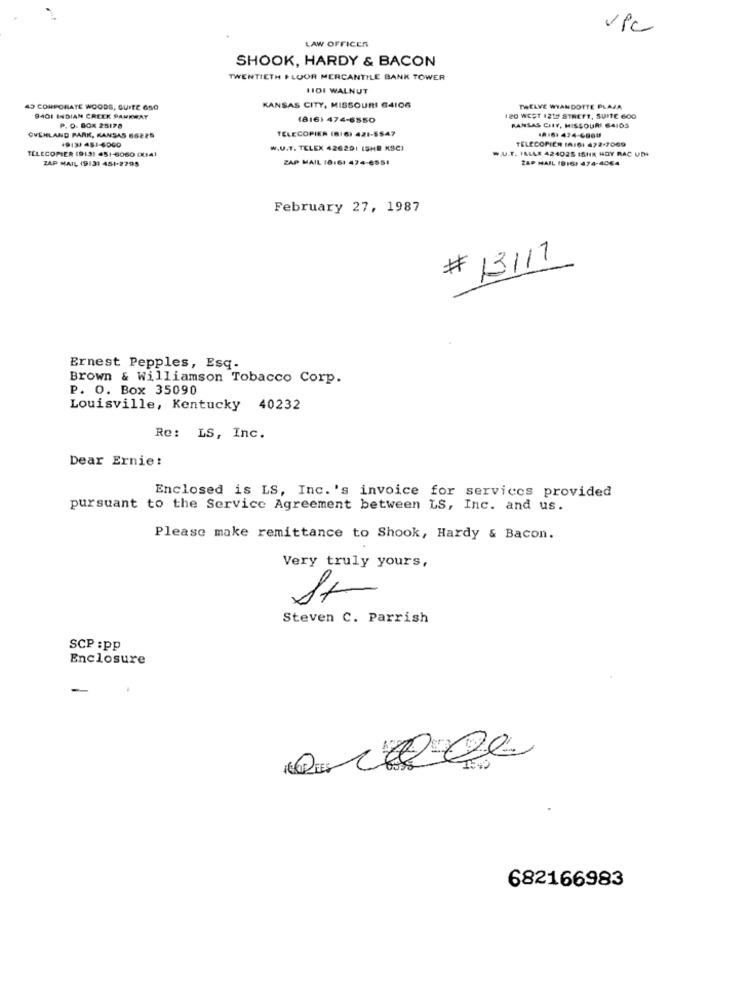
vPc
LAW OFFICES
SHOOK, HARDY & BACON
TWENTIETH FLOOR MERCANTILE BANK TOWER
1101 WALNUT
49 CORPORATE WOODS, SUITE 650
KANSAS CITY, MISSOURI 64106
TWELVE WYANDOTTE PLAZA
8401 INDIAN CREEK PARKWAY
(816) 474-6850
120 WEST 12TH STREET, SUITE 600
P. D. 80X 25178
TELECOPIER (8:6) 421-5547
KANSAS CITY, MISSOURI 64105
OVERLAND PARK, KANSAS 66225
19:31 451-6000
TELECOPIER INI6: 472-7069
TELECOPIER (913: 451-6060 (X141
W.U.T. TELEX 426291 (SHE KSC)
W.U.T. IMLAX 424025 ISHR HOY RAC UD
ZAP MAIL (913: 451-2795
ZAP MAIL (8161 474-6551
ZAP MAIL (916) 474-4064
February 27, 1987
# 13111
Ernest Pepples, Esq.
Brown & Williamson Tobacco Corp.
P. O. Box 35090
Louisville, Kentucky 40232
Re: LS, Inc.
Dear Ernie:
Enclosed is LS, Inc.'s invoice for services provided
pursuant to the Service Agreement between LS, Inc. and us.
Please make remittance to Shook, Hardy & Bacon.
Very truly yours,
Steven C. Parrish
SCP :pp
Enclosure
-
682166983